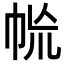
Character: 㡃